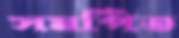
সমর্পিত